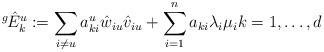
LaTeX: \begin{align*}^{g\!}\hat{E}^u_k := \sum_{i \neq u}a_{ki}^u \hat{w}_{iu} \hat{v}_{iu} + \sum_{i=1}^n a_{ki} \lambda_i \mu_i k= 1, \ldots ,d\end{align*}